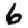
Digit: 6